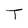
Character: T